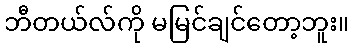
ဘီတယ်လ်ကို မမြင်ချင်တော့ဘူး။